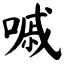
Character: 嘁